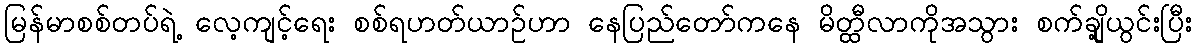
မြန်မာစစ်တပ်ရဲ့ လေ့ကျင့်ရေး စစ်ရဟတ်ယာဉ်ဟာ နေပြည်တော်ကနေ မိတ္ထီလာကိုအသွား စက်ချို့ယွင်းပြီး